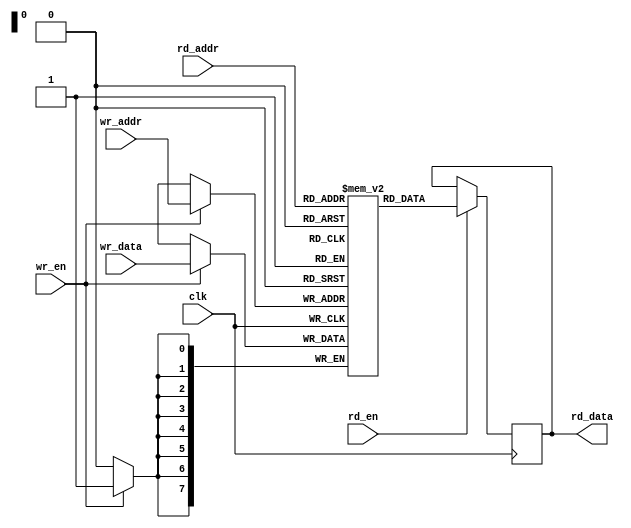
module dual_port_ram #(parameter DATA_WIDTH = 8, parameter ADDR_WIDTH = 8)
(
    input wire clk,
    
    // Write port
    input wire wr_en,
    input wire [ADDR_WIDTH-1:0] wr_addr,
    input wire [DATA_WIDTH-1:0] wr_data,

    // Read port
    input wire rd_en,
    input wire [ADDR_WIDTH-1:0] rd_addr,
    output reg [DATA_WIDTH-1:0] rd_data
);

reg [DATA_WIDTH-1:0] memory [2**ADDR_WIDTH-1:0];

always @(posedge clk) begin
    if(wr_en) begin
        memory[wr_addr] <= wr_data;
    end
    
    if(rd_en) begin
        rd_data <= memory[rd_addr];
    end
end

endmodule